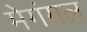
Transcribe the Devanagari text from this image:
मेगंगल